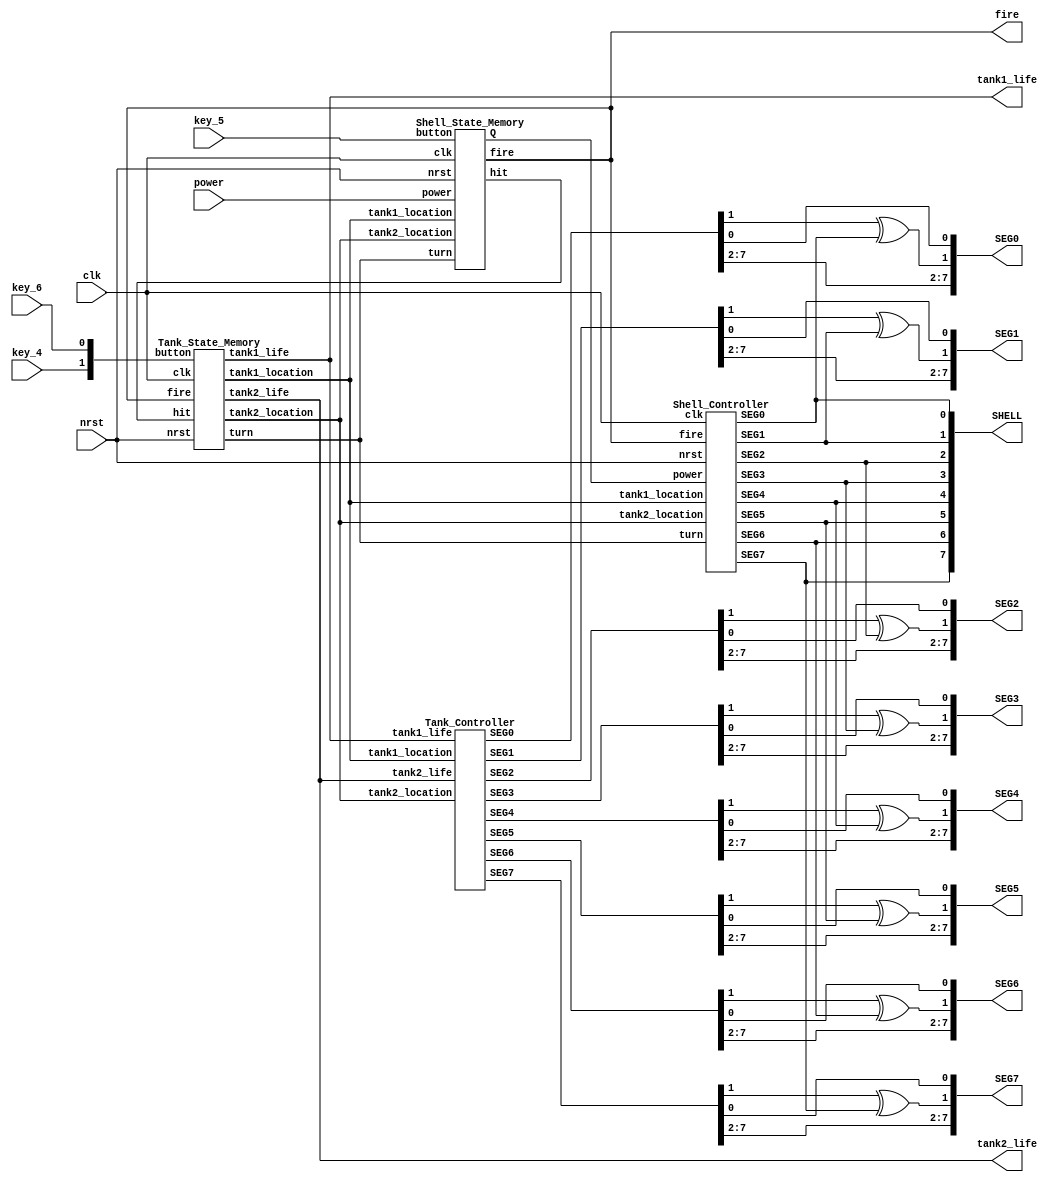
module TANK(clk, nrst, key_4, key_5, key_6, power,
        fire, tank1_life, tank2_life, SHELL, SEG0, SEG1, SEG2, SEG3, SEG4, SEG5, SEG6, SEG7);
    input clk, nrst, key_4, key_5, key_6;
    input [7:0] power;
    output fire;
    output [1:0] tank1_life, tank2_life;
    output [7:0] SEG0, SEG1, SEG2, SEG3, SEG4, SEG5, SEG6, SEG7;
    output [7:0] SHELL;

    wire hit, turn;
    wire [3:0] tank1_location, tank2_location;
    wire [1:0] dist;

    wire [7:0] TANK [7:0];

    assign SEG0 = { TANK[0][7:2], TANK[0][1] ^ SHELL[0], TANK[0][0] };
    assign SEG1 = { TANK[1][7:2], TANK[1][1] ^ SHELL[1], TANK[1][0] };
    assign SEG2 = { TANK[2][7:2], TANK[2][1] ^ SHELL[2], TANK[2][0] };
    assign SEG3 = { TANK[3][7:2], TANK[3][1] ^ SHELL[3], TANK[3][0] };
    assign SEG4 = { TANK[4][7:2], TANK[4][1] ^ SHELL[4], TANK[4][0] };
    assign SEG5 = { TANK[5][7:2], TANK[5][1] ^ SHELL[5], TANK[5][0] };
    assign SEG6 = { TANK[6][7:2], TANK[6][1] ^ SHELL[6], TANK[6][0] };
    assign SEG7 = { TANK[7][7:2], TANK[7][1] ^ SHELL[7], TANK[7][0] };

    Tank_State_Memory tankStateMemory(.clk(clk), .nrst(nrst), 
        .button({key_4, key_6}), .fire(fire), .hit(hit),
        .tank1_location(tank1_location), .tank2_location(tank2_location),
        .tank1_life(tank1_life), .tank2_life(tank2_life), .turn(turn));

    Tank_Controller tankController(.tank1_location(tank1_location),
    .tank2_location(tank2_location),
    .tank1_life(tank1_life), .tank2_life(tank2_life), 
    .SEG0(TANK[0]), .SEG1(TANK[1]), .SEG2(TANK[2]),
    .SEG3(TANK[3]), .SEG4(TANK[4]), .SEG5(TANK[5]),
    .SEG6(TANK[6]), .SEG7(TANK[7]));

    Shell_State_Memory shellStateMemory(.clk(clk), .nrst(nrst), .button(key_5), .power(power),
        .tank1_location(tank1_location), .tank2_location(tank2_location),
        .turn(turn), .Q(dist), .fire(fire), .hit(hit));

    Shell_Controller shellController(.clk(clk), .nrst(nrst),
        .tank1_location(tank1_location), .tank2_location(tank2_location),
        .turn(turn), .power(dist), .fire(fire),
        .SEG0(SHELL[0]), .SEG1(SHELL[1]), .SEG2(SHELL[2]),
        .SEG3(SHELL[3]), .SEG4(SHELL[4]), .SEG5(SHELL[5]),
        .SEG6(SHELL[6]), .SEG7(SHELL[7]));
endmodule

module Tank_State_Memory(clk, nrst, button, fire, hit,
    tank1_location, tank2_location, tank1_life, tank2_life, turn);
  input clk, nrst;
  input [1:0] button;
  input fire;
  input hit;
  output reg [3:0] tank1_location, tank2_location;
  output reg [1:0] tank1_life, tank2_life;
  output reg turn;
  reg en_fire;

  initial begin
    tank1_location <= 4'b0100;
    tank2_location <= 4'b0010;
    tank1_life <= 2'b11;
    tank2_life <= 2'b11;
    turn <= 1'b1;
    en_fire <= 1'b0;
  end

  always @(posedge clk or negedge nrst) begin
    if(!nrst) begin
        tank1_location <= 4'b0100;
        tank2_location <= 4'b0010;
        tank1_life <= 2'b11;
        tank2_life <= 2'b11;
        turn <= 1'b1;
        en_fire <= 1'b0;
    end
    else if(!fire) begin
			
        if(!en_fire) begin
				if(tank1_life != 2'b00 && tank2_life != 2'b00) begin
					if(hit && turn) tank1_life = tank1_life - 1;
					else if (hit && !turn) tank2_life = tank2_life - 1;
				
					if(tank1_life == 2'b00) tank1_location <= 4'b0000;
					else if (tank2_life == 2'b00) tank2_location <= 4'b0000;
					else turn <= !turn;
				end
            en_fire <= 1'b1;
        end

        if(turn == 1'b0) begin
            if(button[1] && !tank1_location[3]) begin
                tank1_location <= tank1_location << 1;
            end
            else if (button[0] && !tank1_location[1]) begin
                tank1_location <= tank1_location >> 1;
            end
        end
        else begin
            if(button[1] && !tank2_location[2]) begin
                tank2_location <= tank2_location << 1;
            end
            else if (button[0] && !tank2_location[0]) begin
                tank2_location <= tank2_location >> 1;
            end
        end
    end
    else begin
        en_fire <= 1'b0;
    end
  end
endmodule

module Tank_Controller(
    tank1_location, tank2_location,
    tank1_life, tank2_life,
    SEG0, SEG1, SEG2, SEG3, SEG4, SEG5, SEG6, SEG7);
    input[3:0] tank1_location, tank2_location;
    input [1:0] tank1_life, tank2_life;
    output [7:0] SEG0, SEG1,SEG2,SEG3,SEG4,SEG5,SEG6,SEG7;
  
    assign SEG7 = {tank1_life[0] | tank1_life[1], 1'b0, tank1_location[3], tank1_location[3], tank1_location[3], 1'b0, tank1_location[3], tank1_location[3] | tank1_location[2] };
    assign SEG6 = {tank1_life[1], 1'b0, tank1_location[2], tank1_location[2], tank1_location[2], 1'b0, tank1_location[2], tank1_location[2] | tank1_location[1] };
    assign SEG5 = {tank1_life[0] & tank1_life[1], 1'b0, tank1_location[1], tank1_location[1], tank1_location[1], 1'b0, tank1_location[1], tank1_location[1] };
    assign SEG4 = 8'b00000000;
    assign SEG3 = {7'b0000000, tank2_location[2] };
    assign SEG2 = {tank2_life[0] & tank2_life[1], 1'b0, tank2_location[2], tank2_location[2], tank2_location[2], 1'b0, tank2_location[2], tank2_location[2] | tank2_location[1]};
    assign SEG1 = {tank2_life[1], 1'b0, tank2_location[1], tank2_location[1], tank2_location[1], 1'b0, tank2_location[1], tank2_location[1] | tank2_location[0] };
    assign SEG0 = {tank2_life[0] | tank2_life[1], 1'b0, tank2_location[0], tank2_location[0], tank2_location[0], 1'b0, tank2_location[0], tank2_location[0]};
endmodule


module Shell_State_Memory(
    clk, nrst, button, power, tank1_location, tank2_location, turn,
    Q, fire, hit
);
    input clk, nrst, button;
    input [7:0] power;
    input [3:0] tank1_location, tank2_location;
    input turn;

    output [1:0] Q;
    output fire;
    output hit;

    wire [1:0] power_2bit;

    reg [10:0] cnt;
    reg fire;
    reg hit;
    reg en_hit;

    assign power_2bit[1] = power[3];
    assign power_2bit[0] = (!power[3] & power[5]) | power[1];

    assign Q = cnt[10:9];

    initial begin
        fire <= 1'b0;
        cnt <= 11'b0;
        hit <= 1'b0;
        en_hit <= 1'b0;
    end

    always@(posedge clk or negedge nrst) begin
        if(!nrst) begin
            fire <= 1'b0;
            cnt <= 11'b0;
            hit <= 1'b0;
            en_hit <= 1'b0;
        end
        else begin
            if(button) begin
                fire <= 1'b1;
            end
            if(fire) begin
                if(~hit && ~en_hit) begin
                    en_hit <= 1'b1;
                    if(turn) begin
                        if({tank1_location, 4'b0000} >> power_2bit + 2 == {4'b0000, tank2_location})
                        hit <= 1'b1;
                    end
                    else begin
                        if({4'b0000, tank2_location} << power_2bit + 2 == {tank1_location, 4'b0000})
                        hit <= 1'b1;
                    end
                end
                if(cnt < {power_2bit, 9'b111111111}) begin
                    cnt <= cnt + 1;
                end
                else begin
                    fire <= 1'b0;
                    cnt <= 11'b0;
                    en_hit <= 1'b0;
                end
            end
            if(hit && ~en_hit) hit <= 1'b0;
        end
    end
endmodule

module Shell_Controller(
    clk, nrst,
    tank1_location, tank2_location, turn, power, fire,
    SEG0, SEG1, SEG2, SEG3, SEG4, SEG5, SEG6, SEG7);
    input clk, nrst;
    input [3:0] tank1_location, tank2_location;
    input turn, fire;
    input [1:0] power;
    output SEG0, SEG1, SEG2, SEG3, SEG4, SEG5, SEG6, SEG7;

    reg [7:0] shell;

    assign SEG0 = shell[0];
    assign SEG1 = shell[1];
    assign SEG2 = shell[2];
    assign SEG3 = shell[3];
    assign SEG4 = shell[4];
    assign SEG5 = shell[5];
    assign SEG6 = shell[6];
    assign SEG7 = shell[7];

    always@(posedge clk or negedge nrst) begin
        if(!nrst) begin
            shell <= 8'b00100000;
        end
        else begin
            if(!fire) begin
                if(!turn) begin
                    shell <= {tank1_location, 4'b0000} >> 1;
                end
                else begin
                    shell <= {4'b0000, tank2_location} << 1;
                end
            end
            else begin
                if(!turn) begin
                    shell <= {tank1_location, 4'b0000} >> power+2;
                end
                if(turn) begin
                    shell <= {4'b0000, tank2_location} << power+2;
                end
            end
        end
    end
endmodule